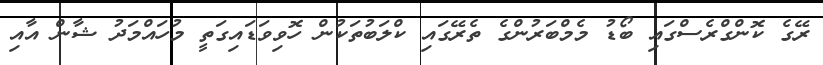
ރޭގެ ކޮންގްރެސްގައި ބޯޑު މެމްބަރުންގެ ތެރޭގައި ކްލަބުތަކުން ހޮވިވަޑައިގަތީ މުހައްމަދު ޝާން އާއި